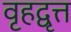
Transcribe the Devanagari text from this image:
वृहद्वृत्त